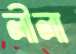
লীলা